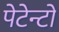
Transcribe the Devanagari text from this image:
पेटेन्टों